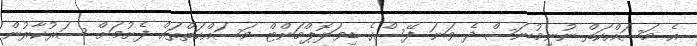
އެ މަސައްކަތް ނުނިމުނަސް ދެ ވަނަ ފޭސްގެ ޑިވަލޮޕްމަންޓް މަސައްކަތްތައް ފެށުމަށް ސަރުކާރުން